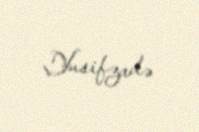
Yusifzadə